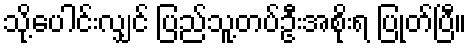
သို့ပေါင်းလျှင် ပြည်သူ့တပ်ဦးအစိုးရ ပြုတ်ပြီ။